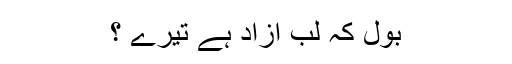
بول کہ لب آزاد ہے تیرے ؟